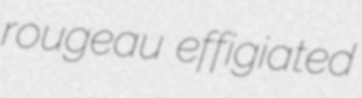
rougeau effigiated